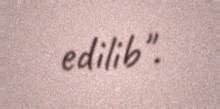
edilib".